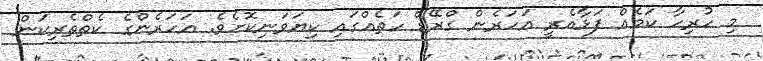
މި ހުރިހާ ކަމެއް ފަޅާއެރީ އަހަރެން ގްރޭޑް ހަތެއްގައި ކިޔަވަނިކޮށެވެ. އަހަރެންގެ ކެތްތެރިކަން